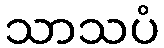
သာသပံ